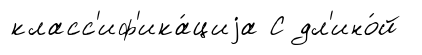
класс'иф'ика́циjа С дл'ино́й